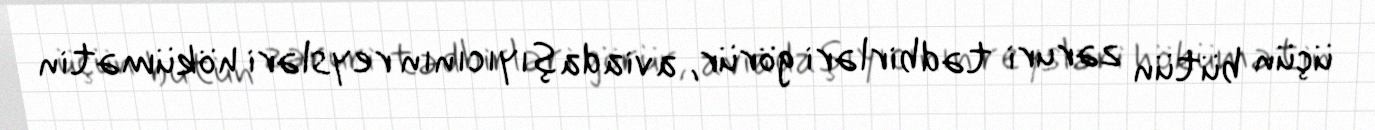
üçün bütün zəruri tədbirləri görür, aviadaşıyıcının reysləri hökümətin